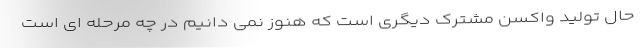
حال تولید واکسن مشترک دیگری است که هنوز نمی دانیم در چه مرحله ای است